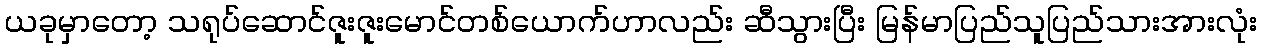
ယခုမှာတော့ သရုပ်ဆောင်ဇူးဇူးမောင်တစ်ယောက်ဟာလည်း ဆီသွားပြီး မြန်မာပြည်သူပြည်သားအားလုံး